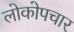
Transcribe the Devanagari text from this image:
लोकोपचार